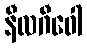
နီလဂီဝေါ